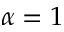
\alpha = 1